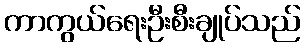
ကာကွယ်ရေးဦးစီးချုပ်သည်